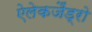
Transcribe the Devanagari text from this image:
ऐलेकजैंड्रो